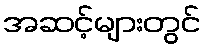
အဆင့်များတွင်